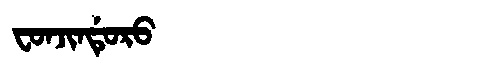
Manchu: ᠸᠣᠨᠵᡳᠨᡩᡠᡵᠣ
Romanization: FONJINDURO